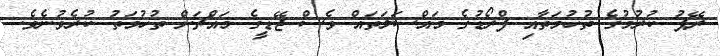
ރޭޕު ކުރުމުގެ ތުހުމަތާއި ފްރޯޑުގެ މައްސަލަތައް ވެސް ޖޭޑީގެ މައްޗަށް ތުހުމަތު ކުރެވުނެވެ.